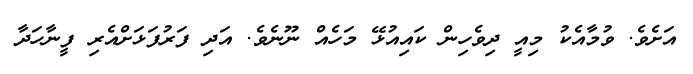
އަށެވެ. ވުމާއެކު މިއީ ދިވެހިން ކައިއުޅޭ މަހެއް ނޫނެވެ. އަދި ފަރުފަޅަށްއެރި ފީނާހަދާ